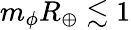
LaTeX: m_{\phi}R_{\oplus}\lesssim 1